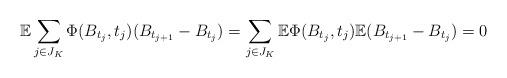
LaTeX: \begin{align*}\displaystyle \mathbb{E} \sum_{ \substack{j\in J_{K}} } \Phi(B_{t_{j}},t_{j}) (B_{t_{j+1}}-B_{t_{j}})=\displaystyle \sum_{ \substack{j\in J_{K}} } \mathbb{E} \Phi(B_{t_{j}},t_{j}) \mathbb{E}(B_{t_{j+1}}-B_{t_{j}})=0\end{align*}